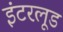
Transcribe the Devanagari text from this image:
इंटरलूड